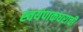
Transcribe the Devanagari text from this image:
स्वयंपाकघराची